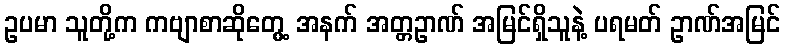
ဥပမာ သူတို့က ကဗျာစာဆိုတွေ့ အနက် အတ္တဥာဏ် အမြင်ရှိသူနဲ့ ပရမတ် ဥာဏ်အမြင်